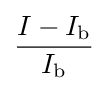
{\frac {I-I_{\mathrm {b} }}{I_{\mathrm {b} }}}